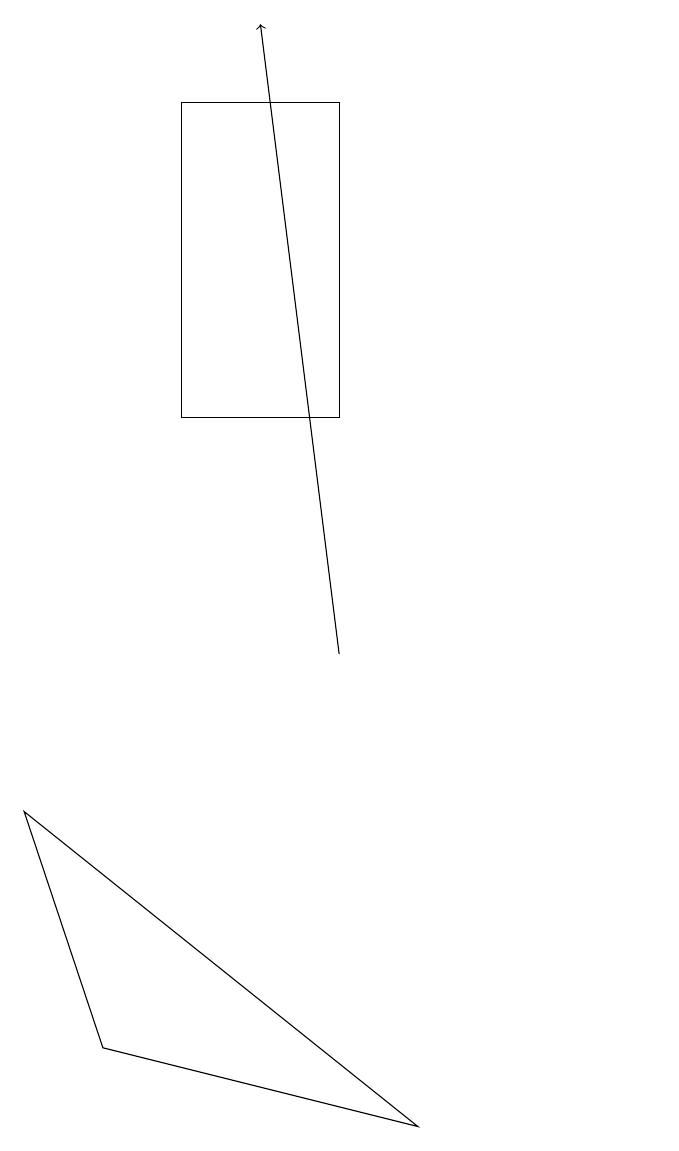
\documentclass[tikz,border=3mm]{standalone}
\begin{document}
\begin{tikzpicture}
\draw[->] (6,11) -- (5,19);
\draw (6,14) rectangle (4,18);
\draw (10,10) circle (0);
\draw (3,6) -- (7,5) -- (2,9) -- cycle;
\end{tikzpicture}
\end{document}